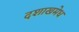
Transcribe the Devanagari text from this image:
दशाखमेध